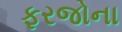
ફરજોના